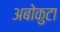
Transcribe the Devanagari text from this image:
अबोकुटा